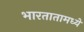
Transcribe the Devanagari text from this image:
भारतातामध्ये